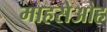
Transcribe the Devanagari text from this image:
माहसेओह